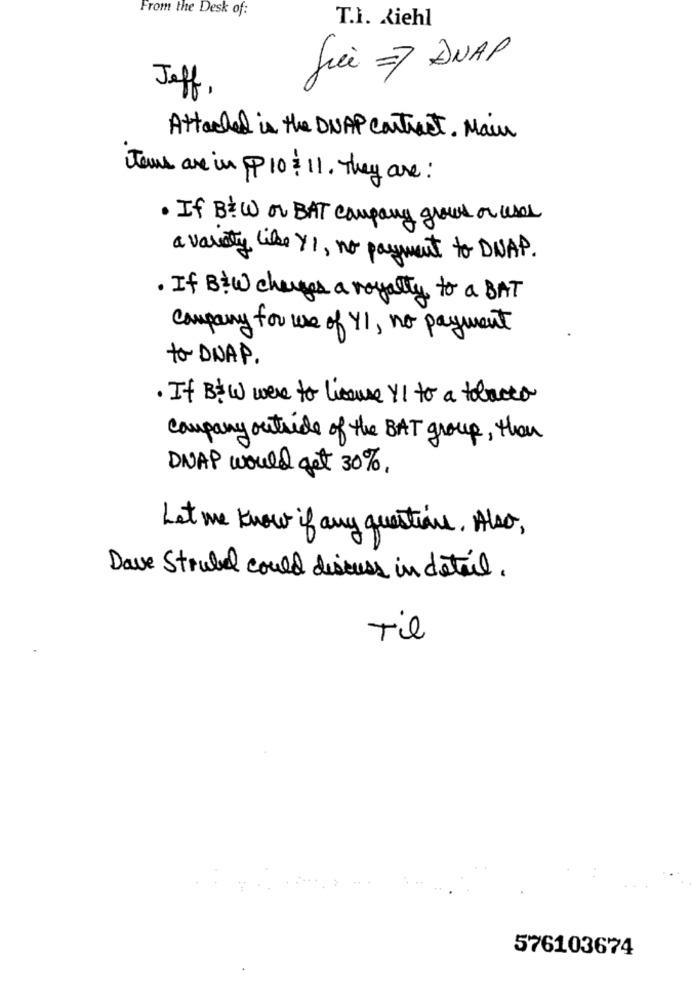
From the Desk of:
T.I. Ziehl
fici ANAP
Jeff,
Attached is the DNAP contract. Main
Tous are in p10:11. They are :
. If B&W or BAT company grows or user
a variety like Y1, no payment to DNAP.
. If B: W changes a royalty to a BAT
Company for use of YI , no payment
to DNAP.
· If B& W were to licause Y1 to a tobacco
company outside of the BAT group, then
DNAP would get 30%.
Let me know if any questions. Also,
Dave Strubel could discuss in detail.
Til
576103674